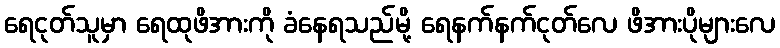
ရေငုတ်သူမှာ ရေထုဖိအားကို ခံနေရသည်မို့ ရေနက်နက်ငုတ်လေ ဖိအားပိုများလေ